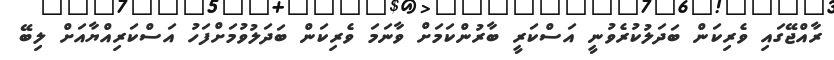
ރާއްޖޭގައި ވެރިކަން ބަދަލުކުރެވުނީ އަސްކަރީ ބާރުންކަމަށް ވާނަމަ ވެރިކަން ބަދަލުވުމަށްފަހު އަސްކަރިއްޔާއަށް ލިބޭ